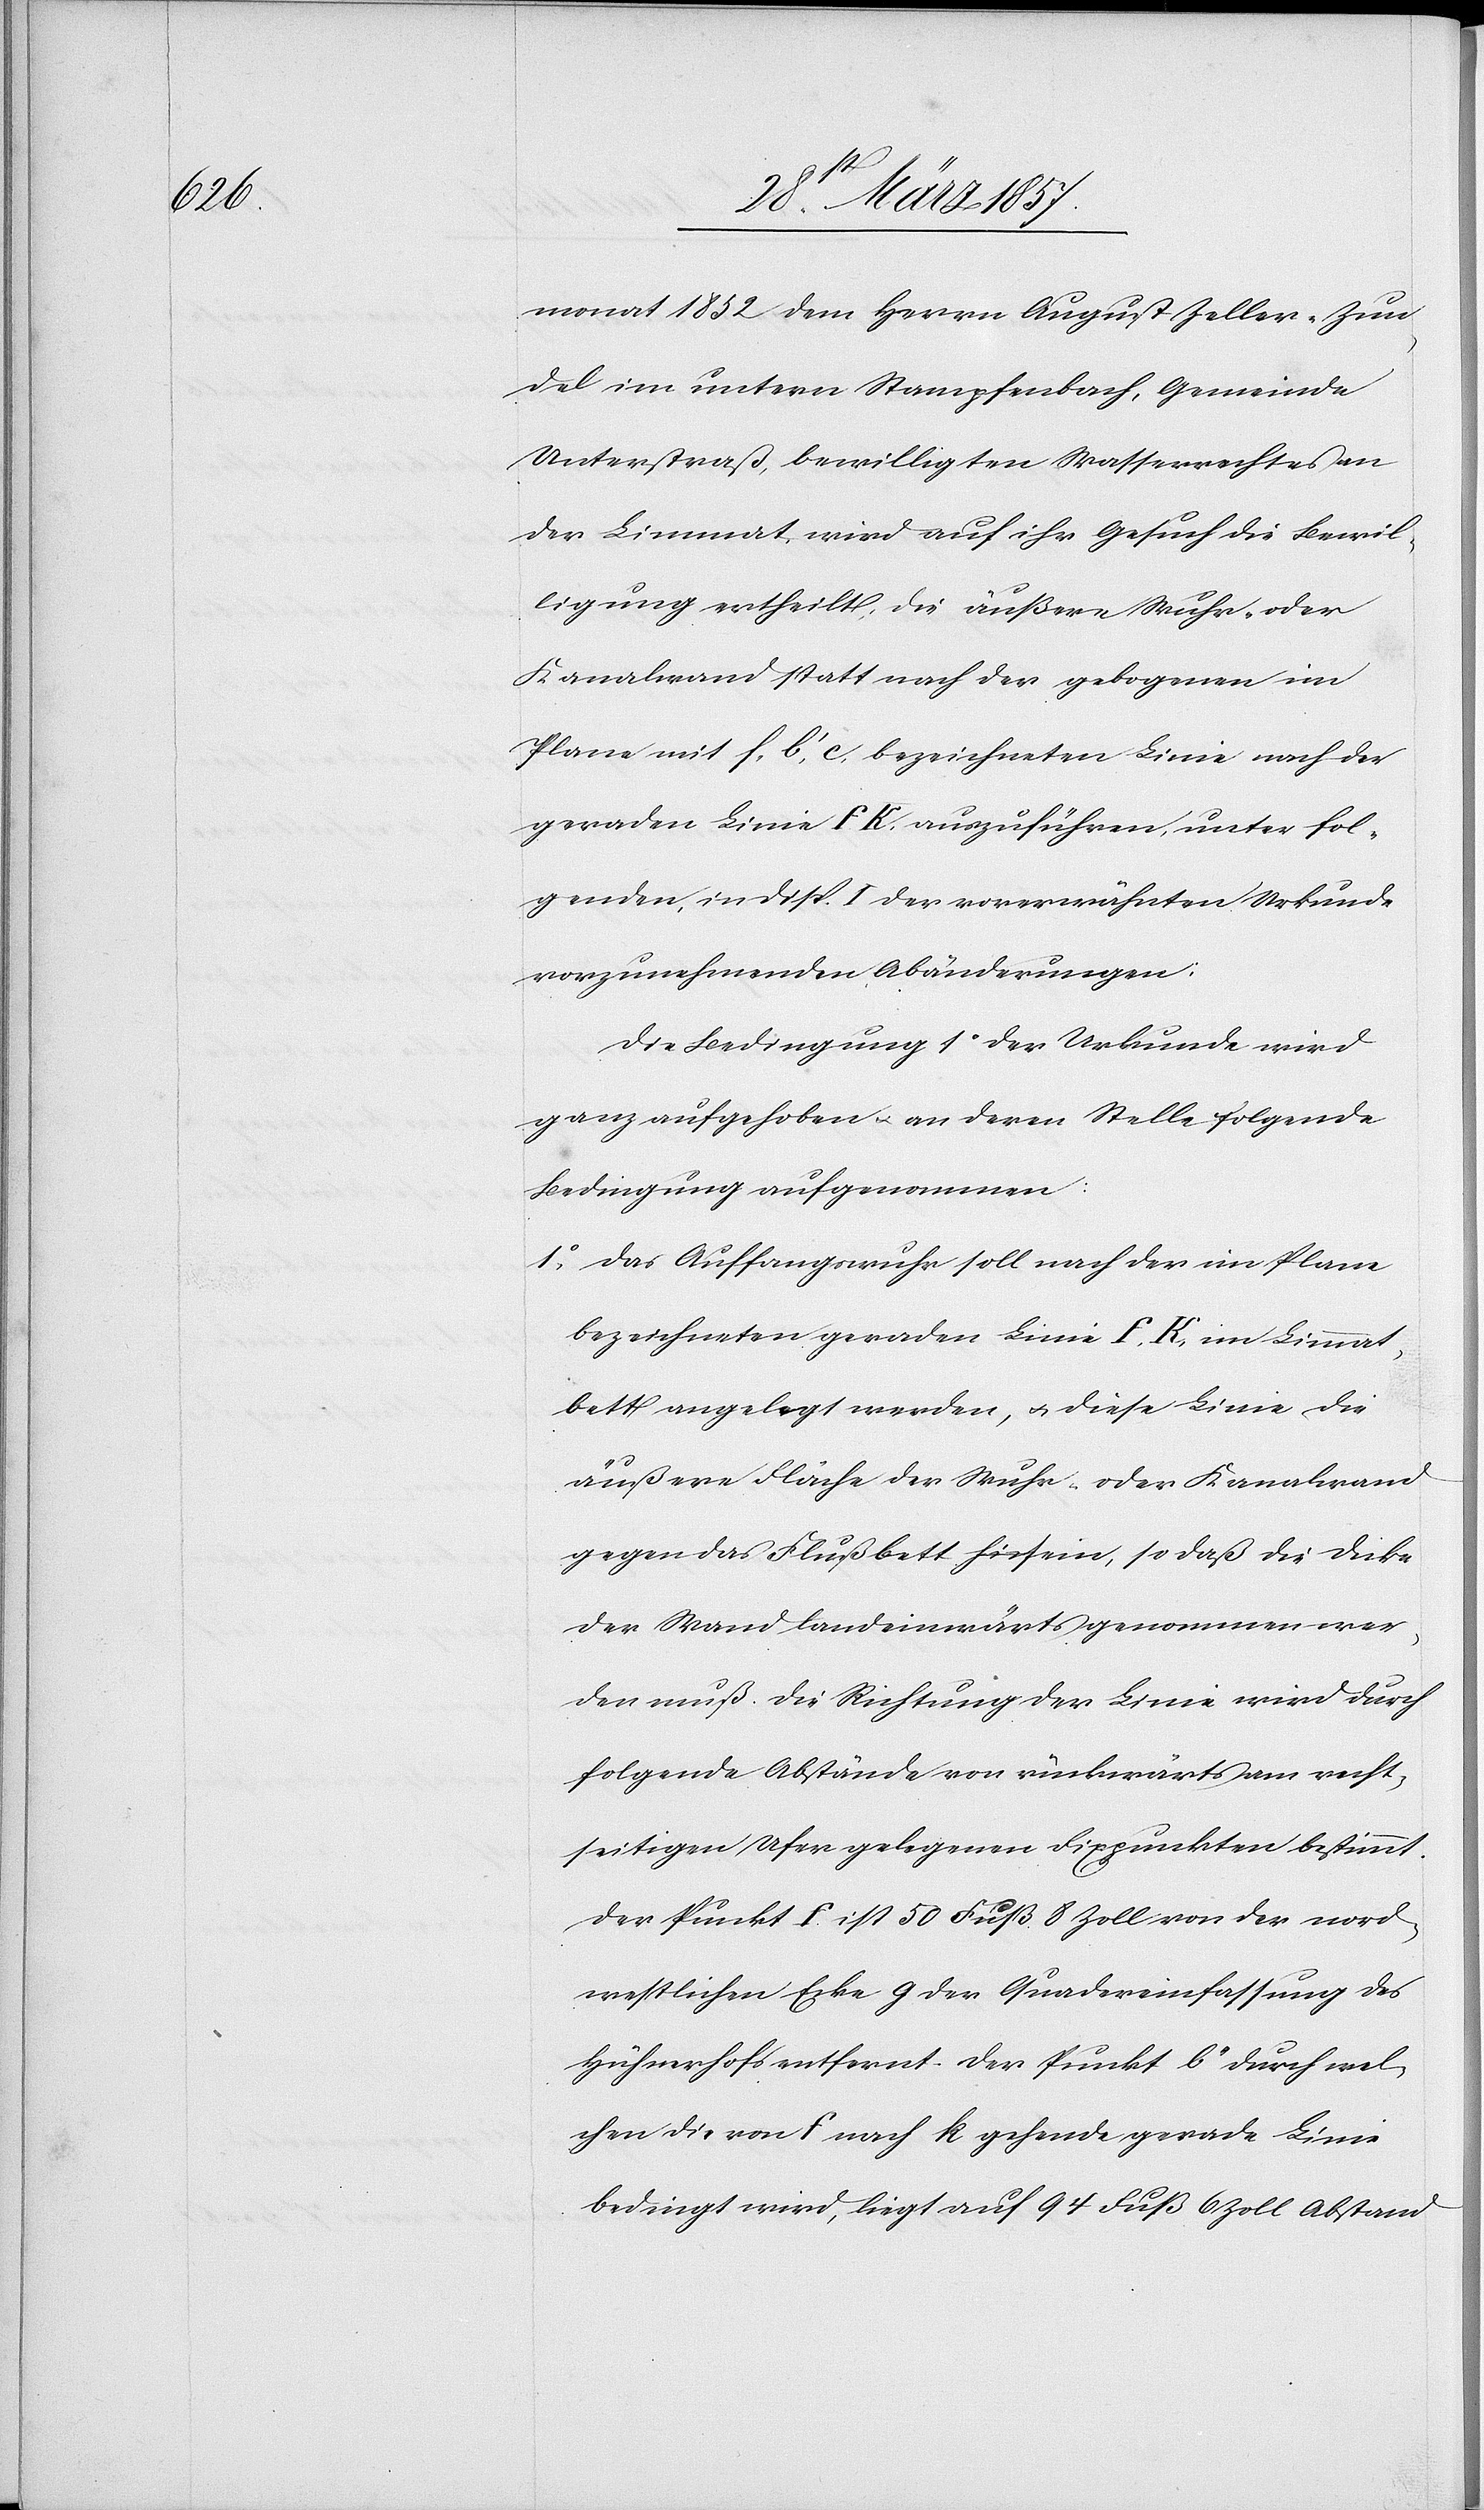
monat 1852 dem Herrn August Zeller-Zun¬
del im untern Stampfenbach, Gemeinde
Unterstraß, bewilligten Wasserrechtes an
der Limmat, wird auf ihr Gesuch die Bewil¬
ligung ertheilt, die äußere Wuhr- oder
Kanalwand statt nach der gebogenen im
Plane mit f, b’, c, bezeichneten Linie nach der
geraden Linie F K auszuführen, unter fol¬
genden, in Disp. I der vorerwähnten Urkunde
vorzunehmenden Abänderungen.
Die Bedingung 1o der Urkunde wird
ganz aufgehoben u. an deren Stelle folgende
Bedingung aufgenommen:
1o Das Auffangswuhr soll nach der im Plane
bezeichneten geraden Linie F, K, im Limmat¬
bett angelegt werden, u. diese Linie die
äußere Fläche der Wuhr- oder Kanalrand
gegen das Flußbett sein, so daß die Dicke
der Wand landeinwärts genommen wer¬
den muß. Die Richtung der Linie wird durch
folgende Abstände von rückwärts am recht¬
seitigen Ufer gelegenen Fixpunkten bestimmt.
Der Punkt F ist 50 Fuß 8 Zoll von der nord¬
westlichen Ecke G der Quadereinfassung des
Hühnerhofs entfernt. Der Punkt b’ durch wel¬
chen die von F nach K gehende gerade Linie
bedingt wird, liegt auf 94 Fuß 6 Zoll Abstand